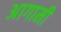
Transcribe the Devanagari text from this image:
अागामी